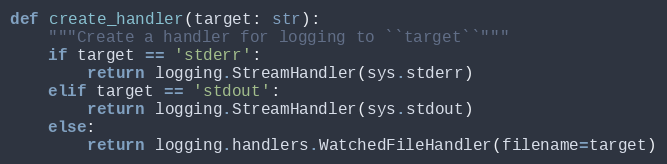
Language: Python
def create_handler(target: str):
    """Create a handler for logging to ``target``"""
    if target == 'stderr':
        return logging.StreamHandler(sys.stderr)
    elif target == 'stdout':
        return logging.StreamHandler(sys.stdout)
    else:
        return logging.handlers.WatchedFileHandler(filename=target)